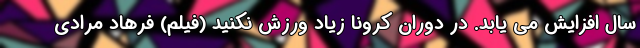
سال افزایش می یابد. در دوران کرونا زیاد ورزش نکنید (فیلم) فرهاد مرادی